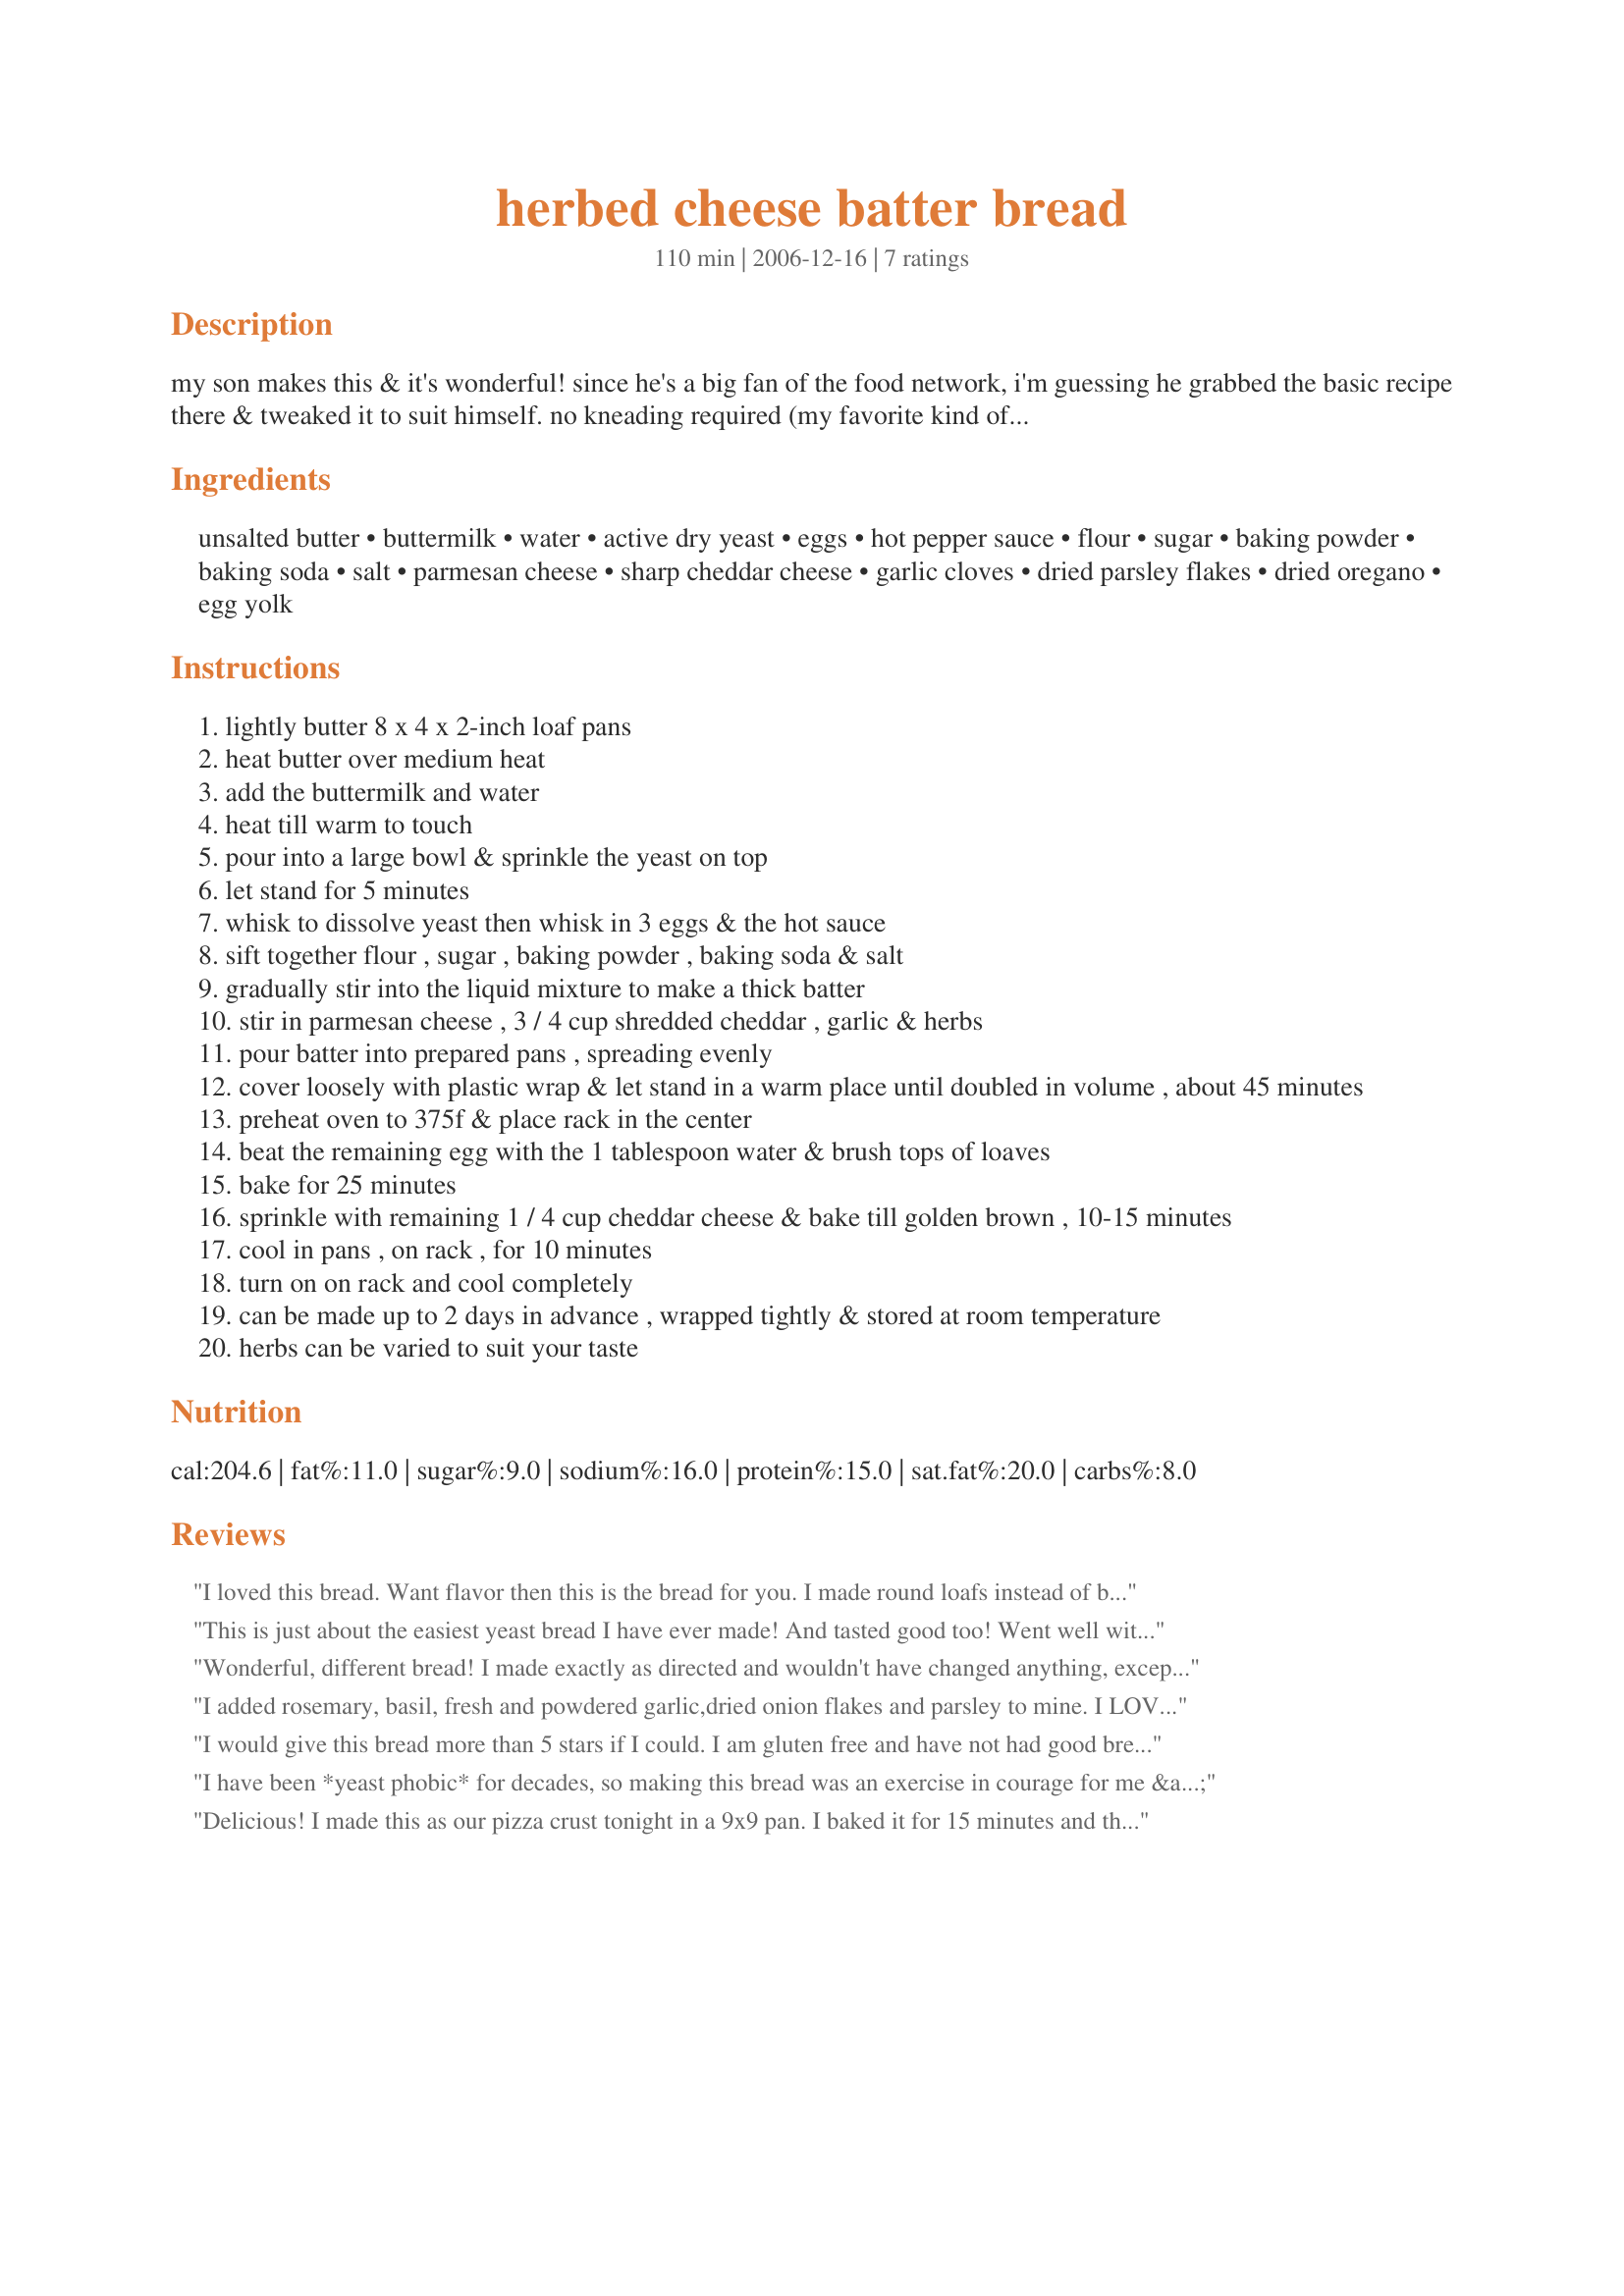
herbed cheese batter bread
Preparation time: 110 minutes

my son makes this & it's wonderful! since he's a big fan of the food network, i'm guessing he grabbed the basic recipe there & tweaked it to suit himself. no kneading required (my favorite kind of bread making). this makes 2 loaves - one for now & one to freeze for later. prep time includes rising time.

Ingredients:
unsalted butter, buttermilk, water, active dry yeast, eggs, hot pepper sauce, flour, sugar, baking powder, baking soda, salt, parmesan cheese, sharp cheddar cheese, garlic cloves, dried parsley flakes, dried oregano, egg yolk

Steps:
lightly butter 8 x 4 x 2-inch loaf pans
heat butter over medium heat
add the buttermilk and water
heat till warm to touch
pour into a large bowl & sprinkle the yeast on top
let stand for 5 minutes
whisk to dissolve yeast then whisk in 3 eggs & the hot sauce
sift together flour , sugar , baking powder , baking soda & salt
gradually stir into the liquid mixture to make a thick batter
stir in parmesan cheese , 3 / 4 cup shredded cheddar , garlic & herbs
pour batter into prepared pans , spreading evenly
cover loosely with plastic wrap & let stand in a warm place until doubled in volume , about 45 minutes
preheat oven to 375f & place rack in the center
beat the remaining egg with the 1 tablespoon water & brush tops of loaves
bake for 25 minutes
sprinkle with remaining 1 / 4 cup cheddar cheese & bake till golden brown , 10-15 minutes
cool in pans , on rack , for 10 minutes
turn on on rack and cool completely
can be made up to 2 days in advance , wrapped tightly & stored at room temperature
herbs can be varied to suit your taste

Reviews:
I loved this bread. Want flavor then this is the bread for you. I made round loafs instead of baking in the loaf pans and they turned out great. A little work, but so worth it. The round loafs didn't like the cheese on top. It cracked off when sliced. Great recipe. Thanks
This is just about the easiest yeast bread I have ever made! And tasted good too! Went well with some barley soup. The herbs could be varied to suit the dish being serve with this. I am going to try it with pepperjack cheese next time!
Wonderful, different bread! I made exactly as directed and wouldn't have changed anything, except to have used the fresh herbs instead of dried next time around for a fresher flavor. Thanks so much for the excellent recipe!
I added rosemary, basil, fresh and powdered garlic,dried onion flakes and parsley to mine. I LOVED IT! It is so rich and unlike any bread I've had before. I will definitely make this again. Thank you for the recipe, SusieQusie! :) Tell your son it's delicious!
I would give this bread more than 5 stars if I could. I am gluten free and have not had good bread since I became so. I made this bread just as the recipe states except I used Maninis gluten free flour mix. The recipe calls for two pans, I put all of the dough into one pan, because gluten free does not rise as much. I ended up with a beautiful big loaf of absolutely delicious bread cooked without using rice, which is the awful staple of most gluten free items. Thanks so much for this recipe!
I have been *yeast phobic* for decades, so making this bread was an exercise in courage for me & affection for your Jevon. I am glad to report I am no longer yeast phobic! I made a half recipe since I have just 1 loaf pan. This bread has a perfect bread texture & was *TDF* warm from the oven & slathered w/butter! I cannot wait to impress guests w/it. Kudos to Jevon for this worthy of 10* recipe. :-)
Delicious! I made this as our pizza crust tonight in a 9x9 pan. I baked it for 15 minutes and then loaded it up with all the goodies. It made for a thick crust that people wanted to eat instead of leaving the crust. Thanks, SusieQusie!!
